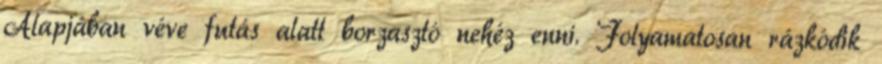
Alapjában véve futás alatt borzasztó nehéz enni. Folyamatosan rázkódik